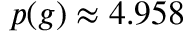
p ( g ) \approx 4 . 9 5 8